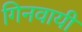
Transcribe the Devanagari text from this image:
गिनवायी